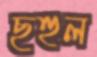
ছহুল